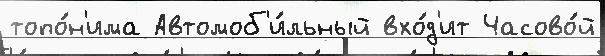
топо́н'има Автомоб'и́льный вхо́д'ит Часово́й